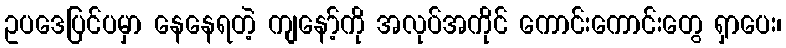
ဥပဒေပြင်ပမှာ နေနေရတဲ့ ကျနော့်ကို အလုပ်အကိုင် ကောင်းကောင်းတွေ ရှာပေး၊